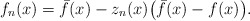
\begin{align*}f_n(x) = \bar f(x) - z_n(x) \big( \bar f(x) - f(x) \big).\end{align*}